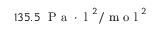
1 3 5 . 5 \; \mathrm { ~ P ~ a ~ } \cdot \mathrm { ~ l ~ } ^ { 2 } / \mathrm { ~ m ~ o ~ l ~ } ^ { 2 }